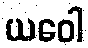
ယဝေါ